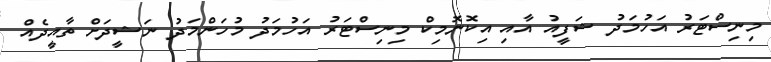
މިނިސްޓަރު އަހުމަދު ޝަފީއު އާއި އިކޮނޮމިކް މިނިސްޓަރު އަހުމަދު މުހަންމަދު ނަޝީދަށް ތާއީދެއް